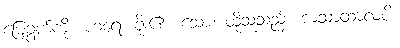
မြေခွက်ကို။ ဟရေ၊ ခိုး၏။ သော၊ ထိုသူသည်။ ကံသာထာလံပိ၊